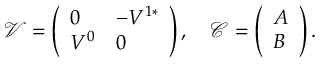
\mathcal { V } = \left( \begin{array} { l l } { 0 } & { - V ^ { 1 * } } \\ { V ^ { 0 } } & { 0 } \end{array} \right) , \quad \mathcal { C } = \left( \begin{array} { l } { A } \\ { B } \end{array} \right) .